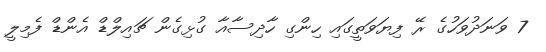
7 ވަނަދުވަހުގެ ރޭ ފިޔަވަތީގައި ހިންގި ހާދިސާއާ ގުޅިގެން ޗައިލްޑް އެންޑް ފެމިލީ